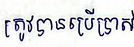
ត្រូវបានប្រើប្រាស់